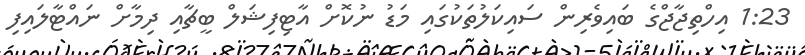
1:23 އިހްތިޖާޖްގެ ބައިވެރިން ސައިކަލުތަކުގައި މަޑު ނުކޮށް އާޓިފިޝަލް ބީޗާއި ދިމާށް ނައްޓާލައިފި